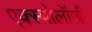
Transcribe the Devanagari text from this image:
एक्स्पोलॉजी